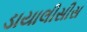
ડાયાલીસીસ